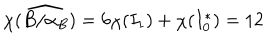
\chi ( \widehat { B / \alpha _ { B } } ) = 6 \chi ( I _ { 1 } ) + \chi ( I _ { 0 } ^ { * } ) = 1 2